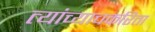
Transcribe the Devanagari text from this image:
त्यांच्याचकरिता